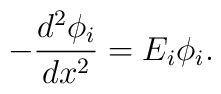
-\frac{d^2\phi_i}{dx^2}=E_i\phi_i.